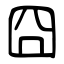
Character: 囧